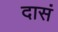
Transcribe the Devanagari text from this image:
दासं